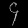
Digit: ၄